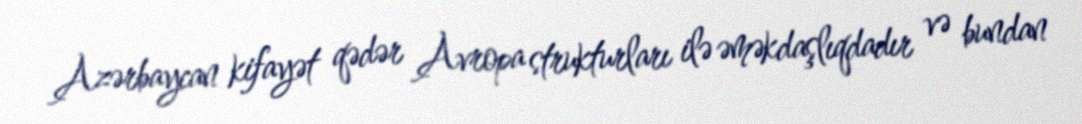
Azərbaycan kifayət qədər Avropa strukturları ilə əməkdaşlıqdadır və bundan